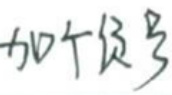
加个负号